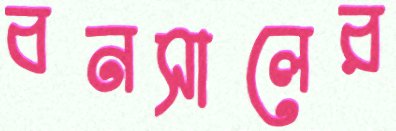
বনসালের